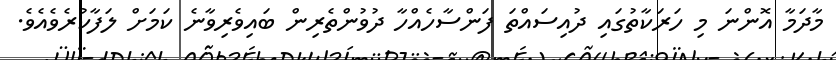
މާދަމާ އޮންނަ މި ހަރަކާތުގައި ދުއިސައްތަ ފަންސާހެއްހާ ދުވުންތެރިން ބައިވެރިވާނެ ކަމަށް ލަފާކުރެވެއެވެ.